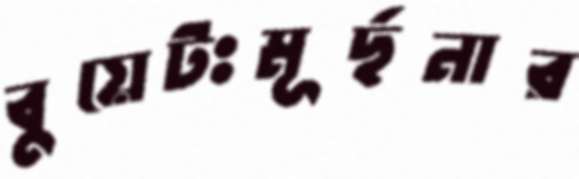
বুয়েটঃমূর্ছনার